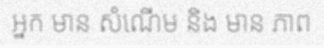
អ្នក មាន សំណើម និង មាន ភាព